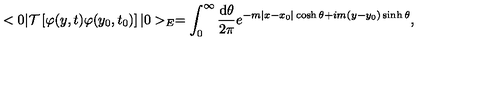
< 0 | { \cal T } \left[ \varphi ( y , t ) \varphi ( y _ { 0 } , t _ { 0 } ) \right] | 0 > _ { E } = \int _ { 0 } ^ { \infty } \frac { \mathrm { d } \theta } { 2 \pi } e ^ { - m | x - x _ { 0 } | \cosh \theta + i m ( y - y _ { 0 } ) \sinh \theta } ,